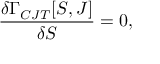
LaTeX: \frac { \delta \Gamma _ { C J T } [ S , J ] } { \delta S } = 0 ,